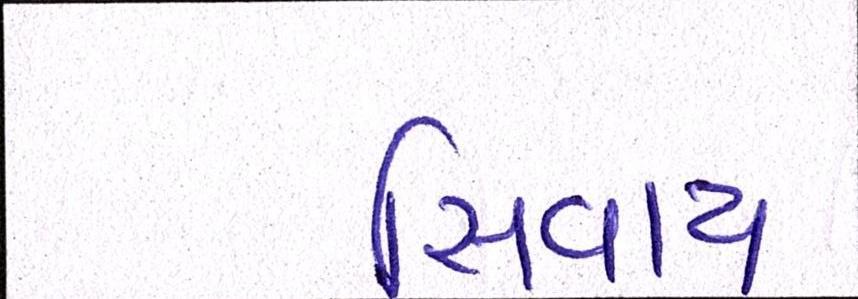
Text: સિવાય